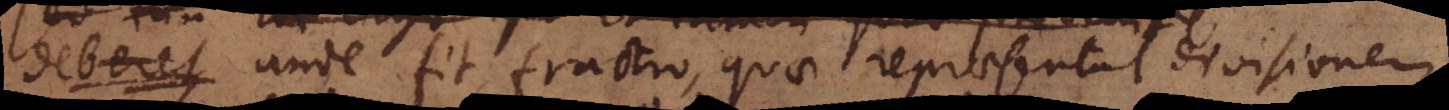
deberet unde fit fractio, quae repraesentat divisionem